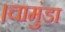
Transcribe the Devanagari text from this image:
।चामुंडा